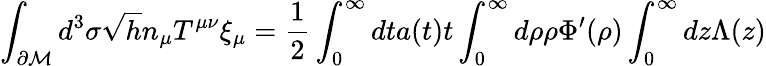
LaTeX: \displaystyle\int_{\partial\mathcal{M}}d^{3}\sigma\sqrt{h}n_{\mu}T^{\mu\nu}\xi_{\mu}=\frac{1}{2}\displaystyle\int_{0}^{\infty}dta(t)t\displaystyle\int_{0}^{\infty}d\rho\rho\Phi^{\prime}(\rho)\displaystyle\int_{0}^{\infty}dz\Lambda(z)